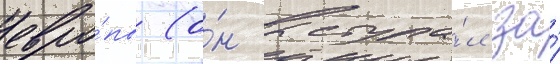
евро́пы (о́н выступа́л за́